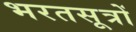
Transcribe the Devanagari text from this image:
भरतसूत्रों